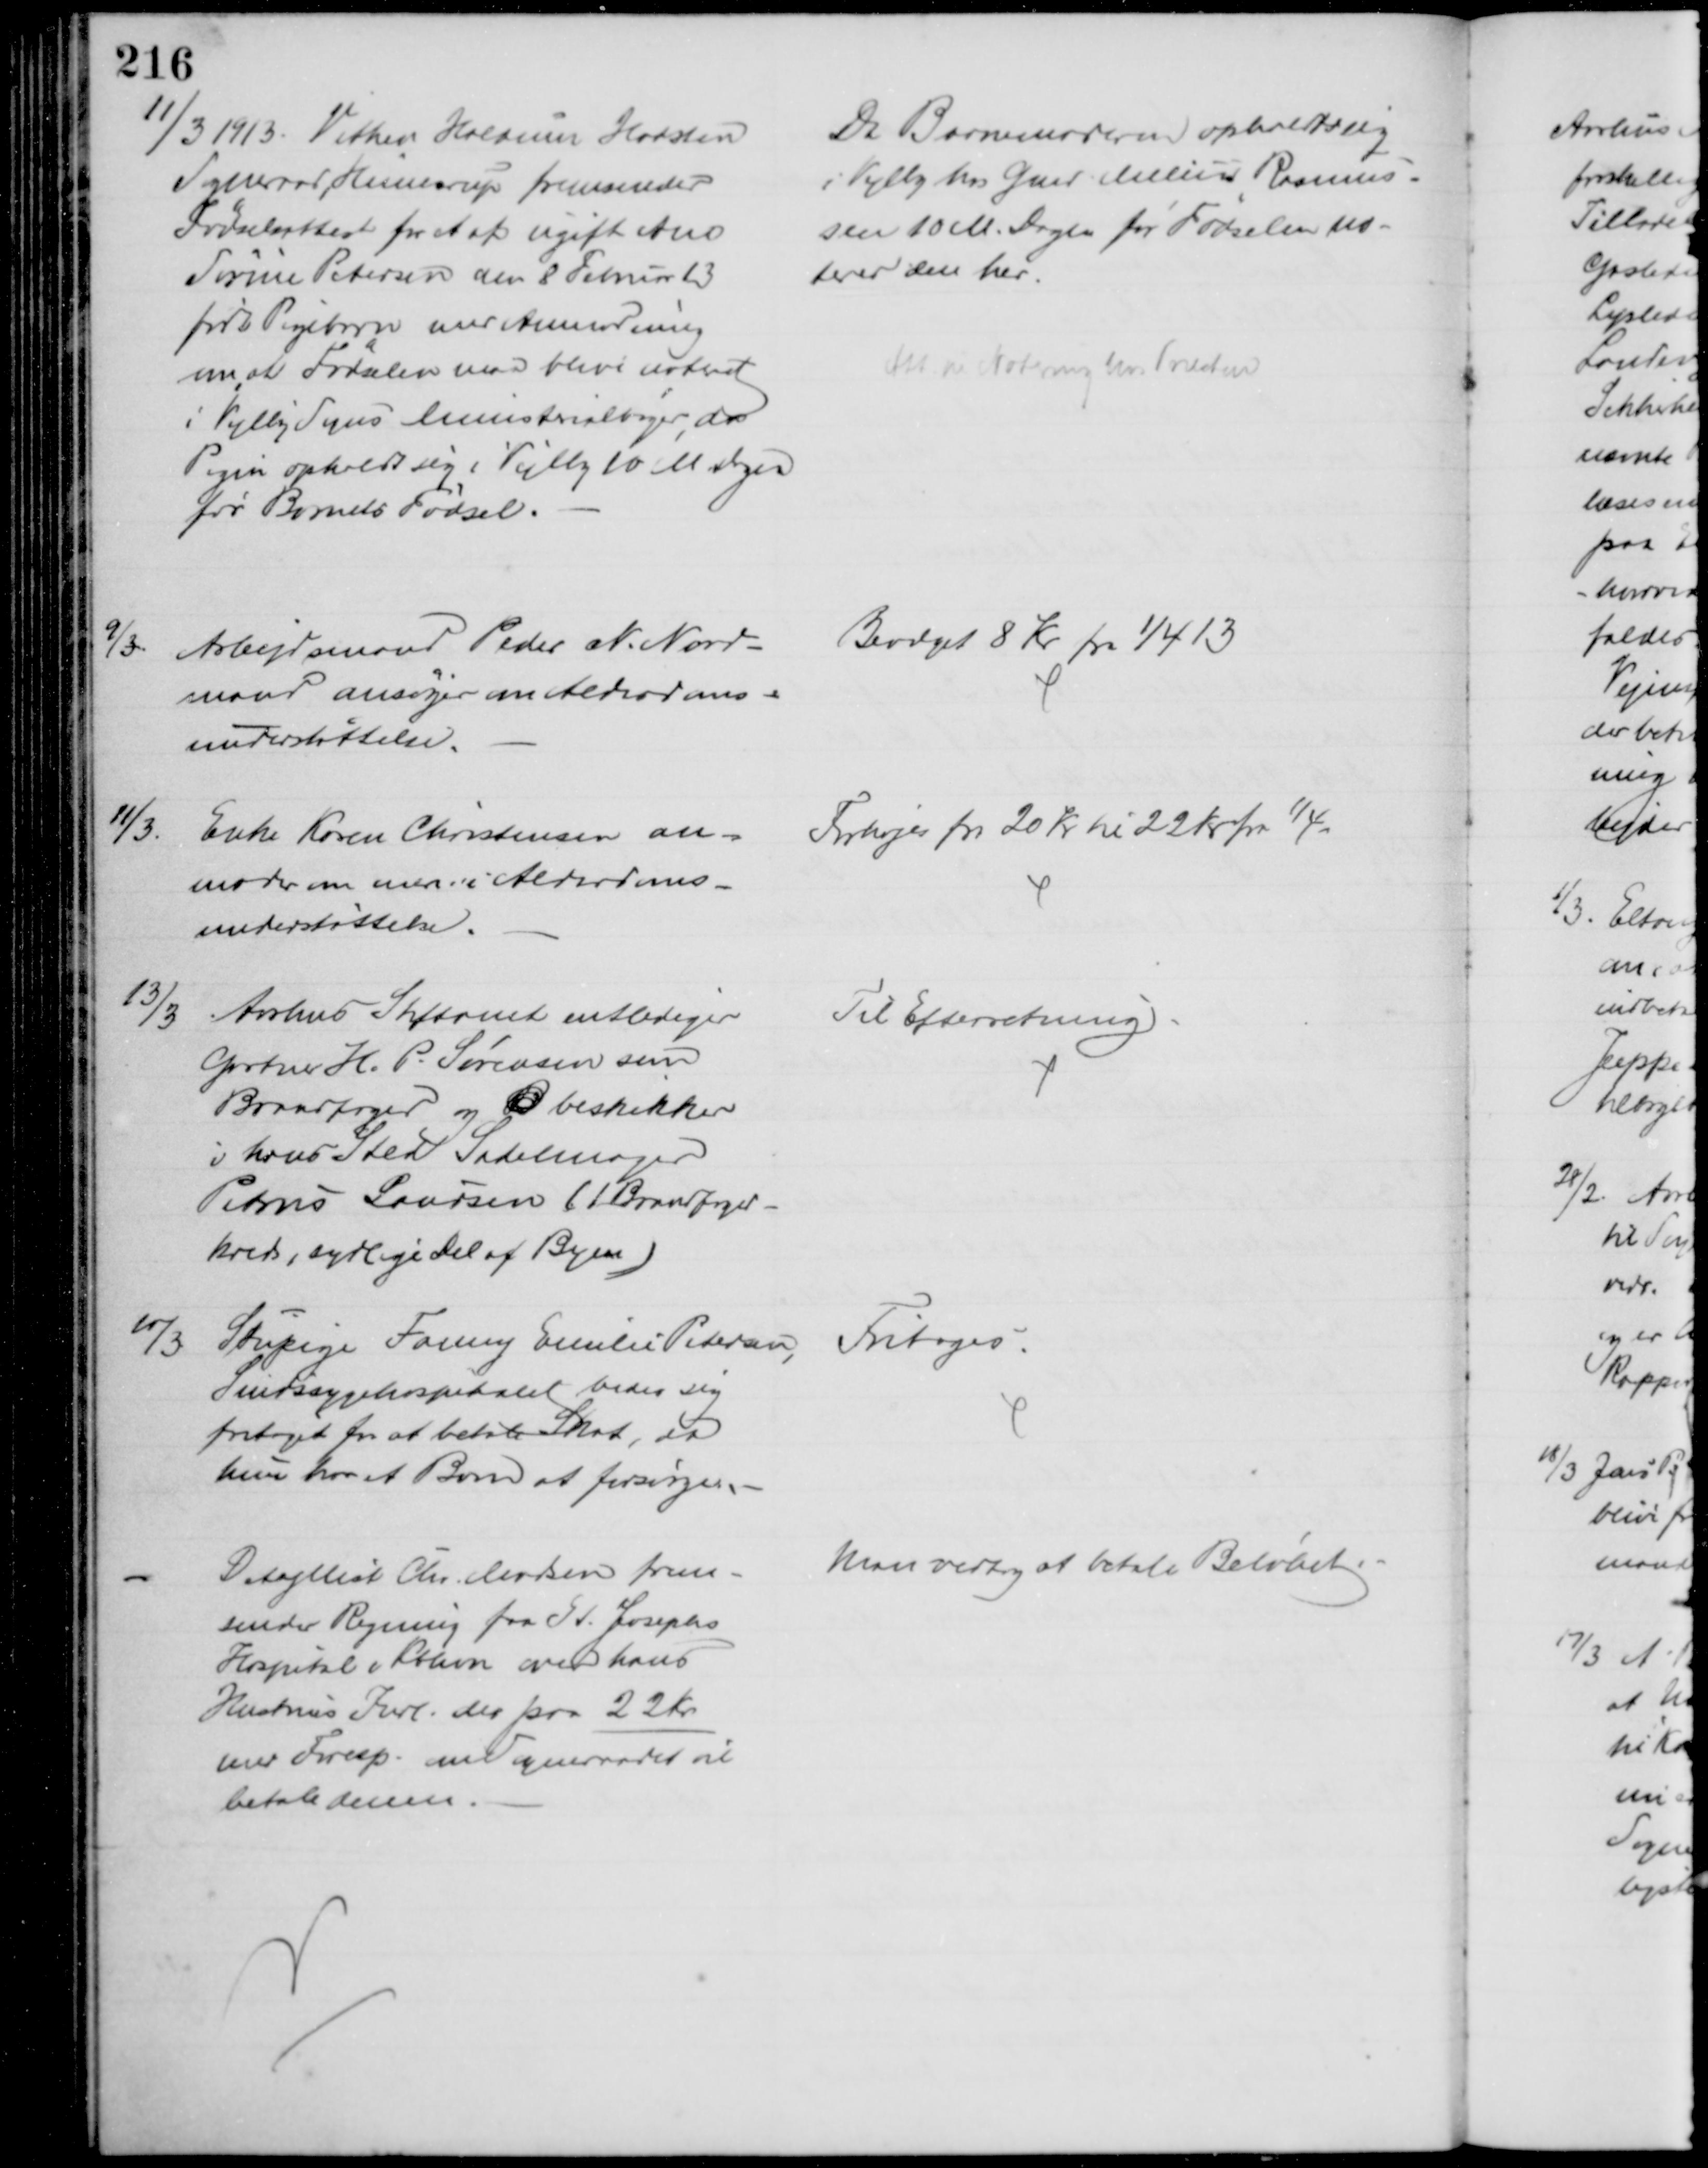
Transskription:
11/3 1913. Vithen Haldum Hadsten
Sogneraad, Hinnerup fremsender
Fødselsattest for et af ugift Ane
Sørine Petersen den 8 Februar 13
født Pigebarn med Anmodning
om at Fødselen maa blive noteret
i Vejlby Sogns Ministerialbøger, da
Pigen opholdt sig i Vejlby 10 M. Dagen
før Barnets Fødsel.
Da Barnemoderen opholdt sig
i Vejlby hos Gmd. Melius Rasmus-
sen 10 M. Dagen før Fødselen no-
teres den her.
Att. til Notering hos Præsten
9/3.
Arbejdsmand Peder N. Nord-
mand ansøger om Alderdoms-
understøttelse.
Bevilget 8 Kr fra 1/4 13
11/3.
Enke Karen Christensen an-
moder om mere i Alderdoms-
understøttelse.
Forhøjes fra 20 Kr til 22 Kr fra 1/4.
13/3
Aarhus Stiftamt entlediger
Gartner H. P. Sørensen som
Brandfoged og B beskikker
i hans sted Sadelmager
Petrus Laursen (1 Brandfoged-
kreds, sydlige del af Byen)
Til Efterretning
10/3
Stupige Fanny Emilie Petersen, 
Sindssygehospitalet beder sig
fritaget for at betale Skat, da
hun har et Barn at forsørge.
Fritoges.
Detajllist Chr. Madsen frem-
sender Regning fra St Josephs
Hospital i Kbhvn over hans
Hustrus Indl. der paa 22 Kr
med Foresp. om Sogneraadet vil
betale denne.
Man vedtog at betale Beløbet